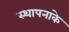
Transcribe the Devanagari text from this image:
स्थापनाके